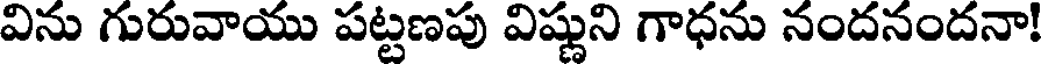
విను గురువాయు పట్టణపు విష్ణుని గాధను నందనందనా!